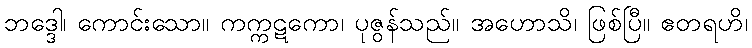
ဘဒ္ဒေါ၊ ကောင်းသော။ ကက္ကဋကော၊ ပုဇွန်သည်။ အဟောသိ၊ ဖြစ်ပြီ။ ဧတရဟိ၊